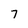
Character: 7